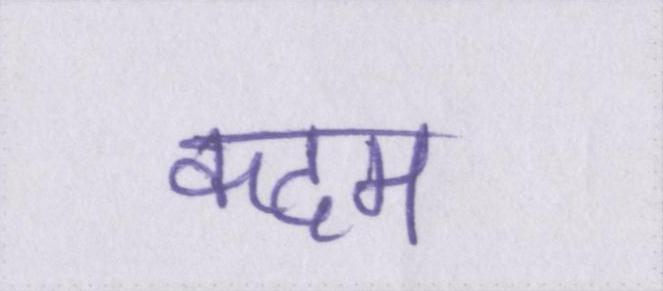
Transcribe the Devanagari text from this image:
कदम